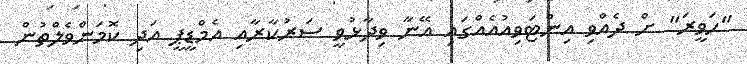
"ހަވީރަ" ށް ދެއްވި އިންޓަވިއުއެއްގައި އޭނާ ވިދާޅުވީ ސަރުކާރާއި އެމްޑީޕީ އަދި ކޮމަންވެލްތުން